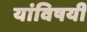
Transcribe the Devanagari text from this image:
यांविषयीं